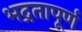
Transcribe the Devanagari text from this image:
भद्रतापूर्ण